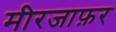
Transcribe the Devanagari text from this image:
मीरजाफ़र